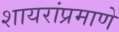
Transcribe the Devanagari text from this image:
शायरांप्रमाणे